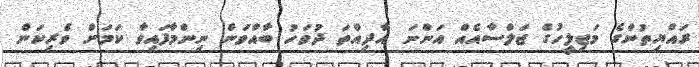
ރައްޔިތުންގެ މަޖިލީހުގެ ޖަލްސާއެއް އަންނަ އާދިއްތަ ދުވަހު ބާއްވަން ނިންމާފައިވާ ކަމަށް ވެރިކަން